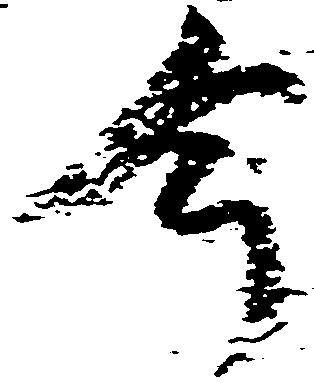
今